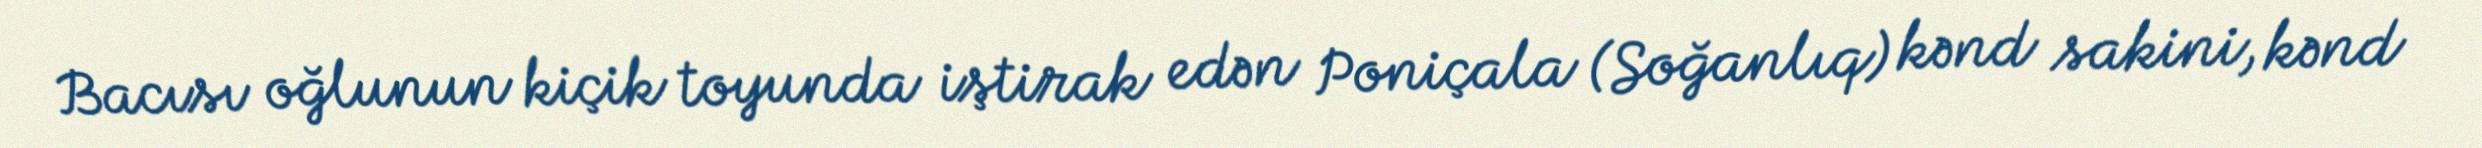
Bacısı oğlunun kiçik toyunda iştirak edən Poniçala (Soğanlıq) kənd sakini, kənd